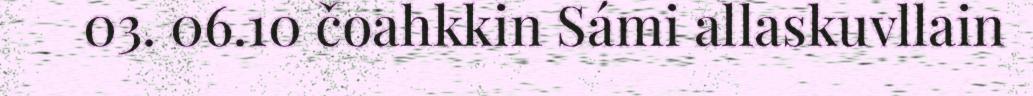
03. 06.10 čoahkkin Sámi allaskuvllain